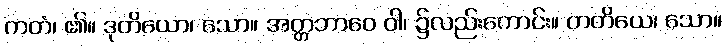
ကတံ၊ ၏။ ဒုတိယော၊ သော။ အတ္တဘာဝေ ဝါ၊ ၌လည်းကောင်း။ တတိယေ၊ သော။